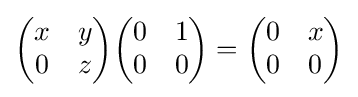
{\begin{pmatrix}x&y\\0&z\end{pmatrix}}{\begin{pmatrix}0&1\\0&0\end{pmatrix}}={\begin{pmatrix}0&x\\0&0\end{pmatrix}}